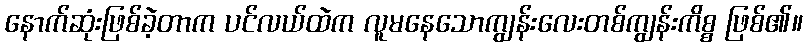
နောက်ဆုံးဖြစ်ခဲ့တာက ပင်လယ်ထဲက လူမနေသောကျွန်းလေးတစ်ကျွန်းကိစ္စ ဖြစ်၏။